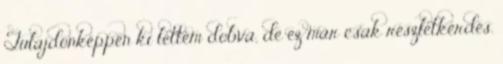
Tulajdonképpen ki lettem dobva, de ez már csak részletkérdés.